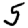
Digit: 5